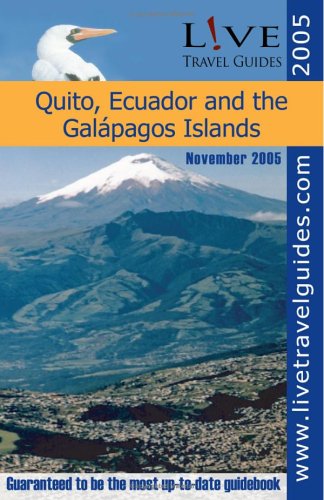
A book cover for L!VE Travel Guide to Quito, Ecuador and the Galapagos Islands; Travel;